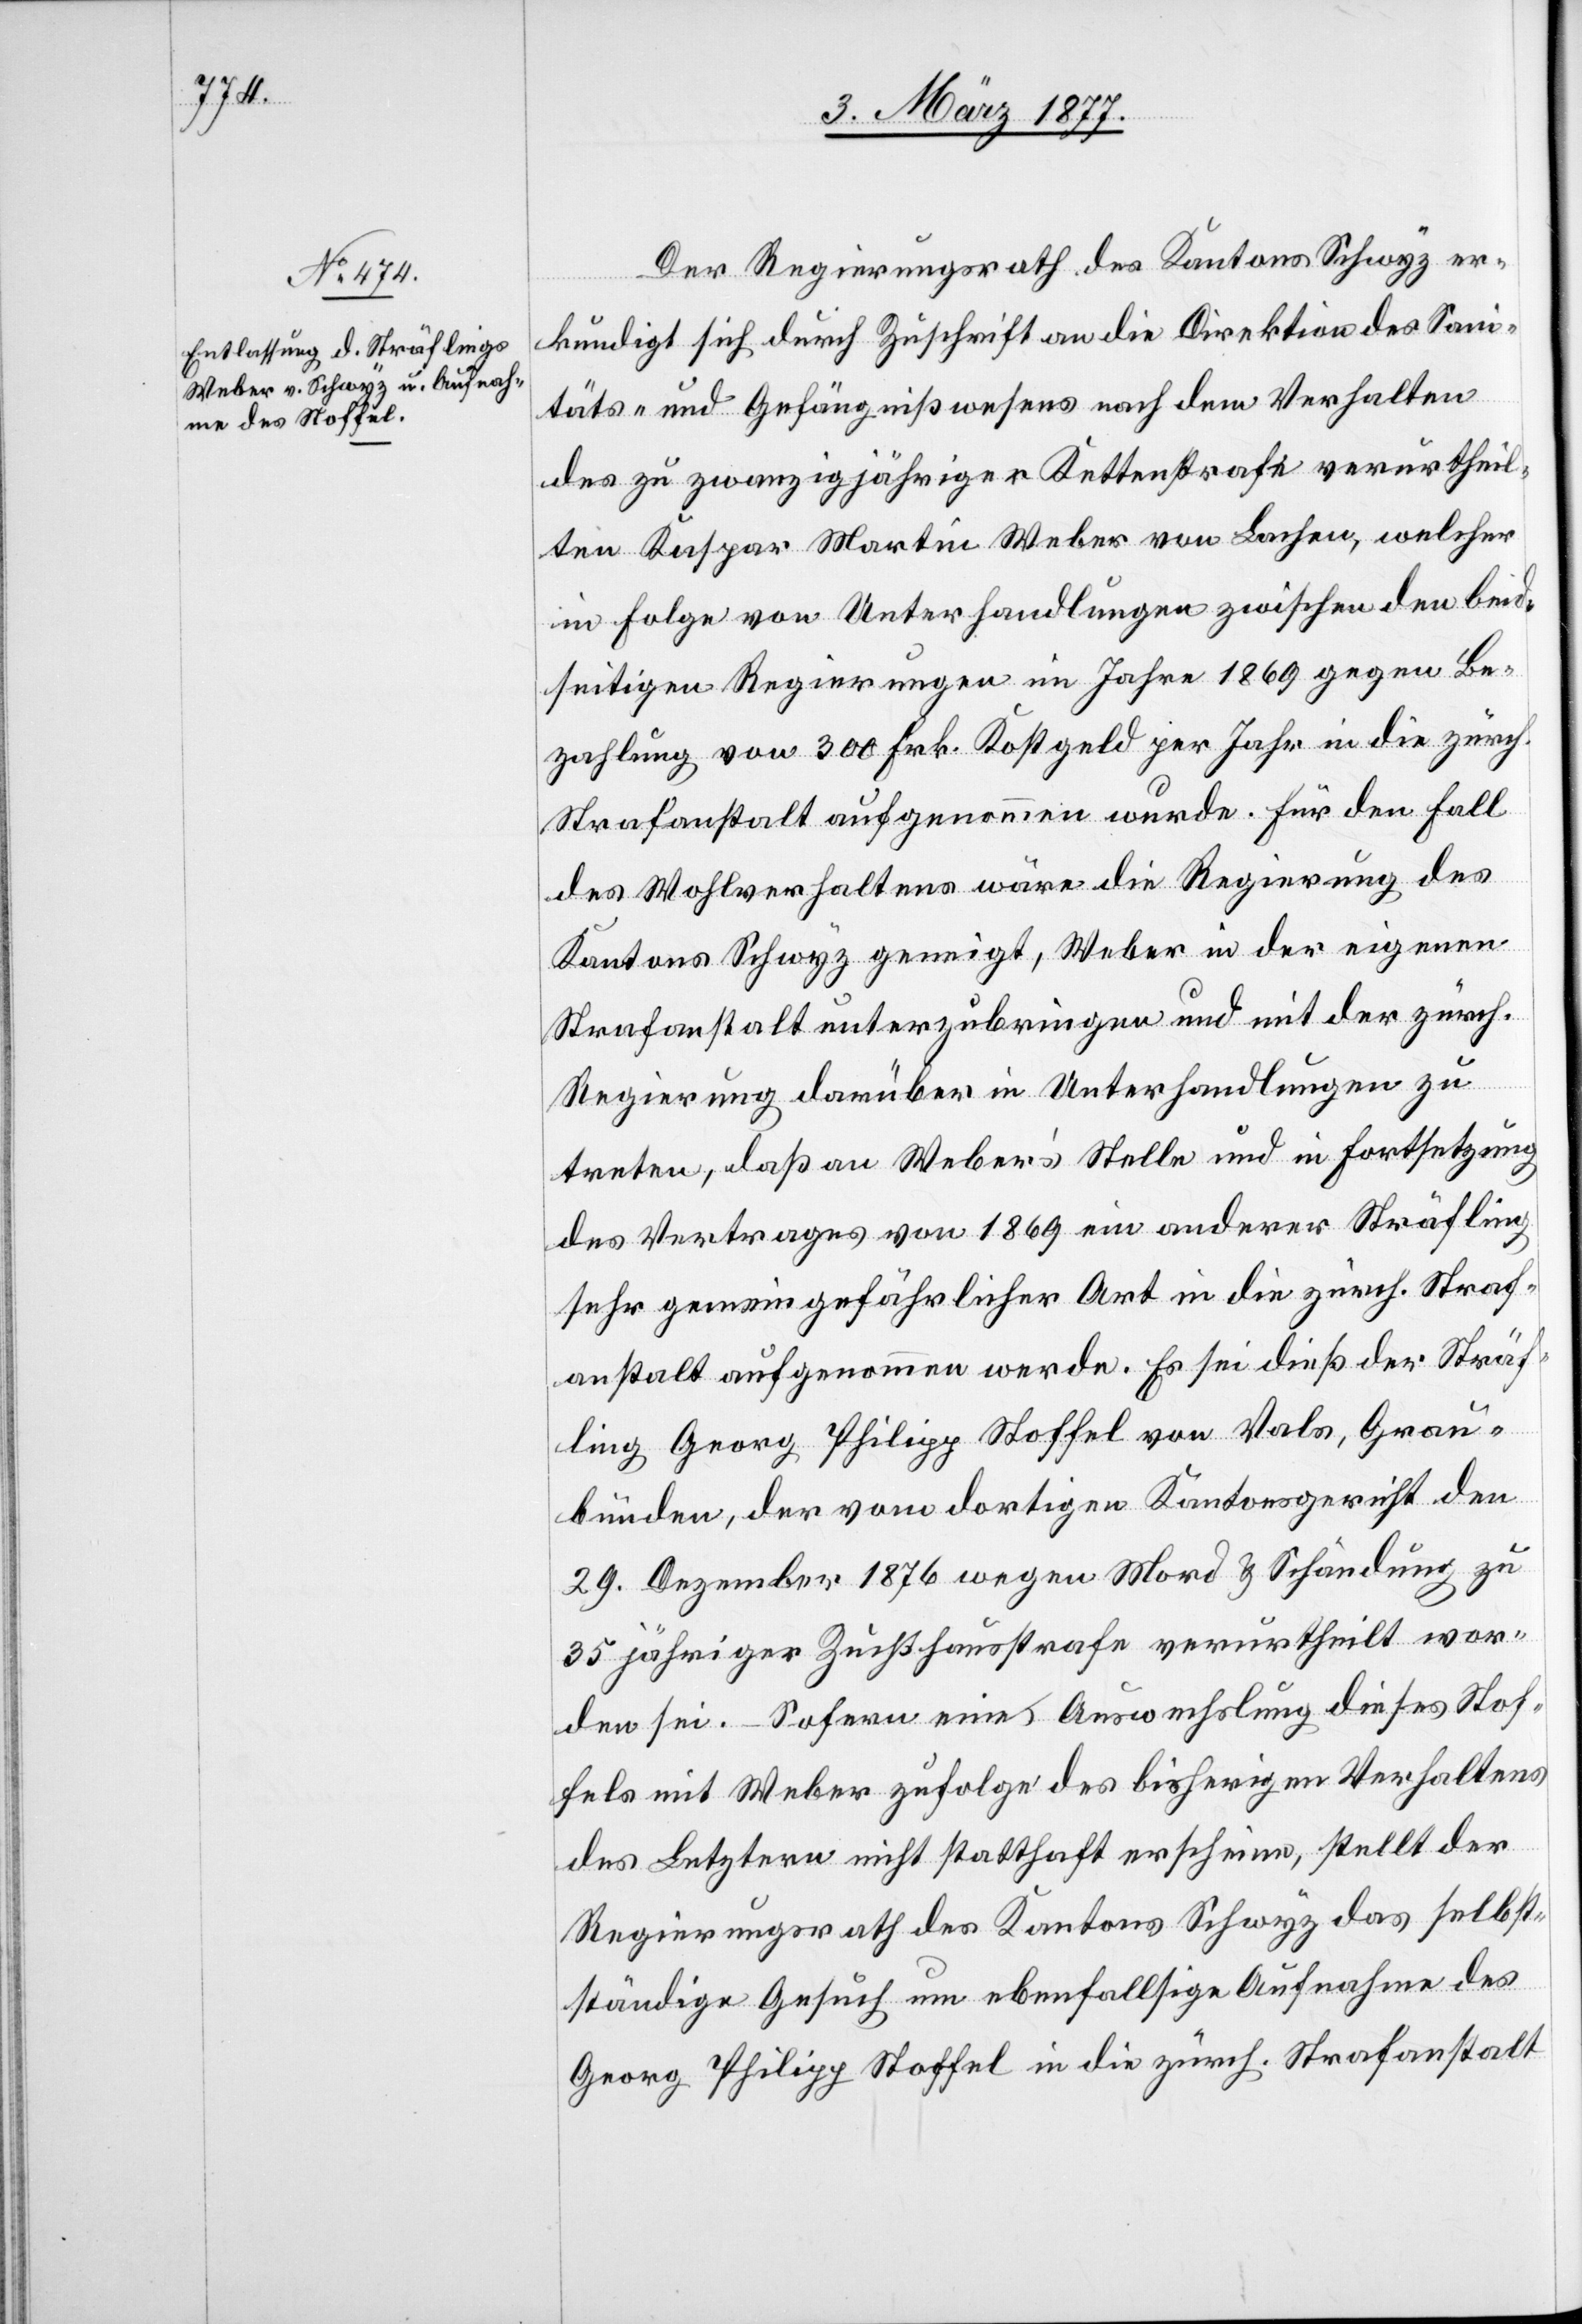
Der Regierungsrath des Kantons Schwyz er¬
kundigt sich durch Zuschrift an die Direktion des Sani¬
täts- und Gefängnißwesens nach dem Verhalten
des zu zwanzigjähriger Kettenstrafe verurtheil¬
ten Kaspar Martin Weber von Lachen, welcher
in Folge von Unterhandlungen zwischen den beid¬
seitigen Regierungen im Jahre 1869 gegen Be¬
zahlung von 300 Frk. Kostgeld per Jahr in die zürch.
Strafanstalt aufgenommen wurde. Für den Fall
des Wohlverhaltens wäre die Regierung des
Kantons Schwyz geneigt, Weber in der eigenen
Strafanstalt unterzubringen und mit der zürch.
Regierung darüber in Unterhandlungen zu
treten, daß an Webers Stelle und in Fortsetzung
des Vertrages von 1869 ein anderer Sträfling
sehr gemeingefährlicher Art in die zürch. Straf¬
anstalt aufgenommen werde. Es sei dieß der Sträf¬
ling Georg Philipp Stoffel von Vals, Grau¬
bünden, der vom dortigen Kantonsgericht den
29. Dezember 1876 wegen Mord & Schändung zu
35 jähriger Zuchthausstrafe verurtheilt wor¬
den sei. – Sofern eine Auswechslung dieses Stof¬
fels mit Weber zufolge des bisherigen Verhaltens
des Letztern nicht statthaft erscheine, stellt der
Regierungsrath des Kantons Schwyz das selbst¬
ständige Gesuch um ebenfallsige Aufnahme des
Georg Philipp Stoffel in die zürch. Strafanstalt